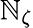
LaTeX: \mathbb{N}_{\zeta}